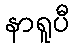
နာရူပီ